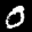
Label: 0